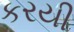
કરયી